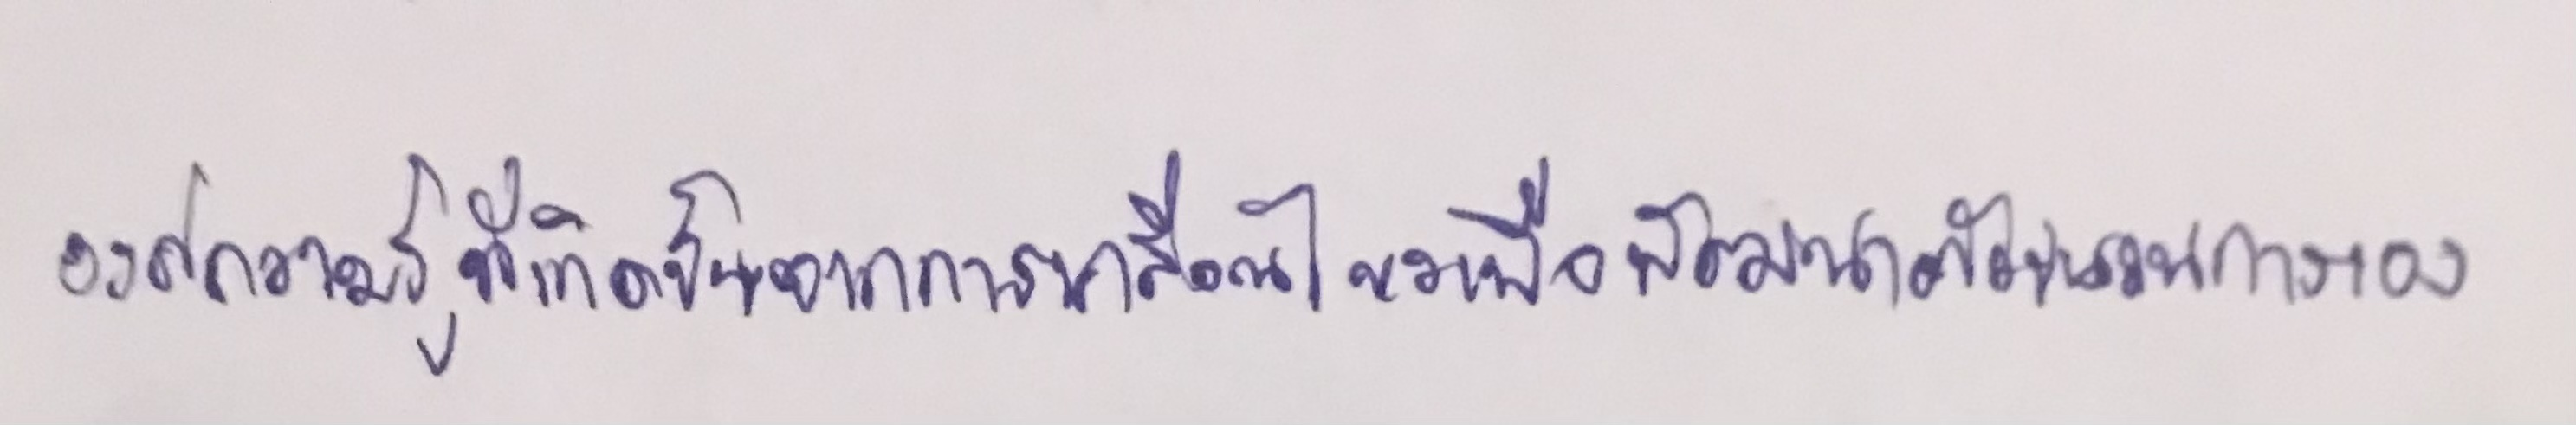
องค์ความรู้ที่เกิดขึ้นจากการเคลื่อนไหวเพื่อพัฒนาตัวขบวนการเอง